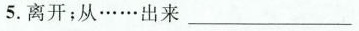
5.离开；从……出来___